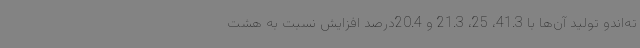
ته‌اندو تولید آن‌ها با 41.3، 25، 21.3 و 20.4درصد افزایش نسبت به هشت